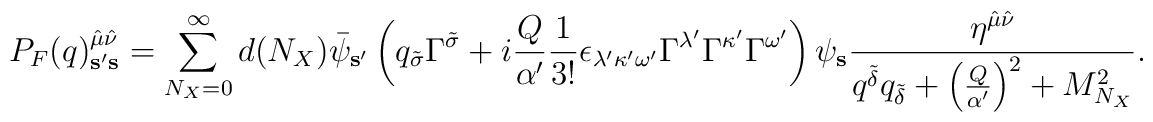
P_F(q)_{{\bf s}'{\bf s}}^{{\hat \mu}{\hat \nu}} =  \sum_{N_X=0}^\infty d(N_X)  {\bar \psi}_{{\bf s}'}   \left(    q_{\tilde \sigma} \Gamma^{\tilde \sigma}    + i {Q \over {\alpha'}} {1 \over {3!}}        \epsilon_{\lambda'\kappa'\omega'}         \Gamma^{\lambda'} \Gamma^{\kappa'} \Gamma^{\omega'}   \right)  \psi_{\bf s}  {{\eta^{{\hat \mu}{\hat \nu}}} \over   {   q^{\tilde \delta} q_{\tilde \delta}   + \left( {Q \over {\alpha'}} \right)^2 + M_{N_X}^2   }}.